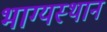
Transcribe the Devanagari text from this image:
भाग्यस्थान